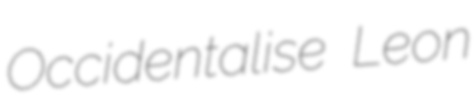
Occidentalise Leon